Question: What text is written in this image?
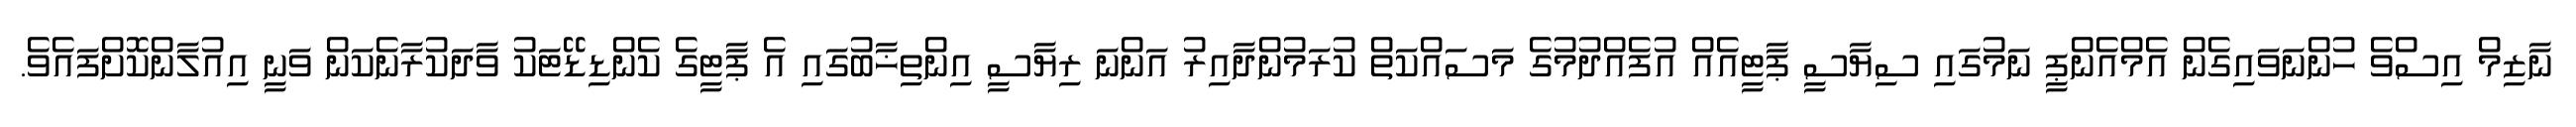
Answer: ނާޒިމް އިސްވެ ހުންނަވައިގެން އެމްއެންޕީ ނަމުގައި ސިޔާސީ ޕާޓީއެއް އުފެއްދުމުގެ މަސައްކަތް ކުރަމުންދާއިރު އަންނަ ރިޔާސީ އިންތިޚާބުގައި އެ ޕާޓީގެ ކެންޑިޑޭޓަކު ވާދަކުރާނެކަން ވަނީ އިއުލާންކޮށްފައެވެ.